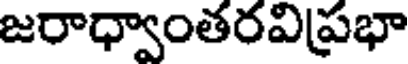
జరాధ్వాంతరవిప్రభా